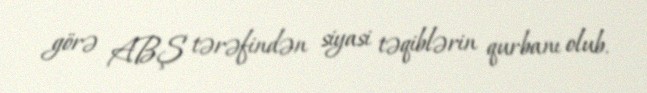
görə ABŞ tərəfindən siyasi təqiblərin qurbanı olub.